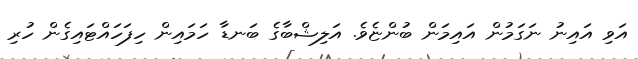
އަވި އައިނު ނަގަމުން އައިމަން ބުންޏެވެ. އަލިޝްބާގެ ބަނޑާ ހަމައިން ހިފަހައްޓައިގެން ހުރި